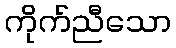
ကိုက်ညီသော